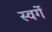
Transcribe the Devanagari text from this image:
स्वर्गे